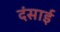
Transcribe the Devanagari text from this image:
दंसाई